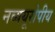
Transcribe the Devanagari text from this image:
नव्ययूरोपीय